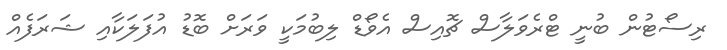
ރިސޯޓުން ބުނީ ޓްރެވަލާސް ޗޮއިސް އެވޯޑް ލިބުމަކީ ވަރަށް ބޮޑު އުފަލަކާއި ޝަރަފެއް